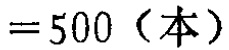
$=500（本）$